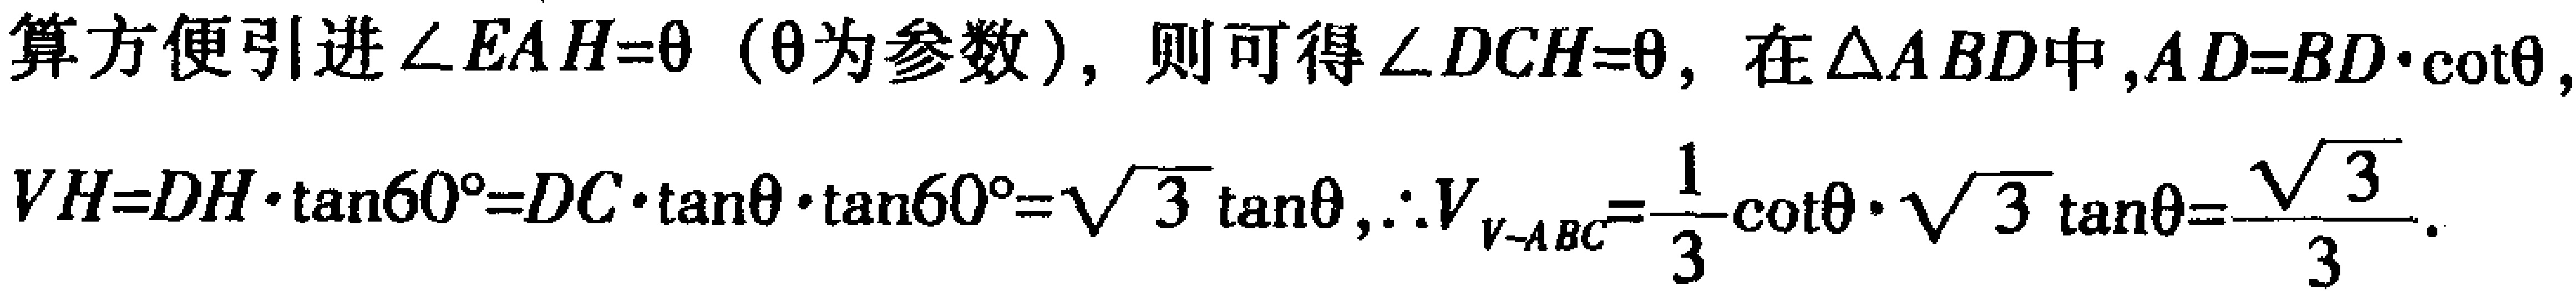
算方便引进$\angle EAH = \theta$（$\theta$为参数），则可得$\angle DCH=\theta$，在$\triangle ABD$中，$AD = BD\cdot\cot\theta$，
$VH = DH\cdot\tan60^{\circ}=DC\cdot\tan\theta\cdot\tan60^{\circ}=\sqrt{3}\tan\theta$，$\therefore V_{V - ABC}=\frac{1}{3}\cot\theta\cdot\sqrt{3}\tan\theta=\frac{\sqrt{3}}{3}$。